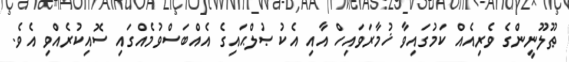
ޠޫލޫނީންގެ ވެރިއެއް ކަމުގައިވާ ޚުމާރަވައިހް އާއި އެކު ޞުލްޙައިގެ އެއްބަސްވުމެއްގައި ސޮއިކުރެއްވި އެވެ.